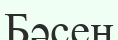
Бәсен